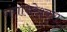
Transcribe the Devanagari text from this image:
गंगाधरेश्वरा